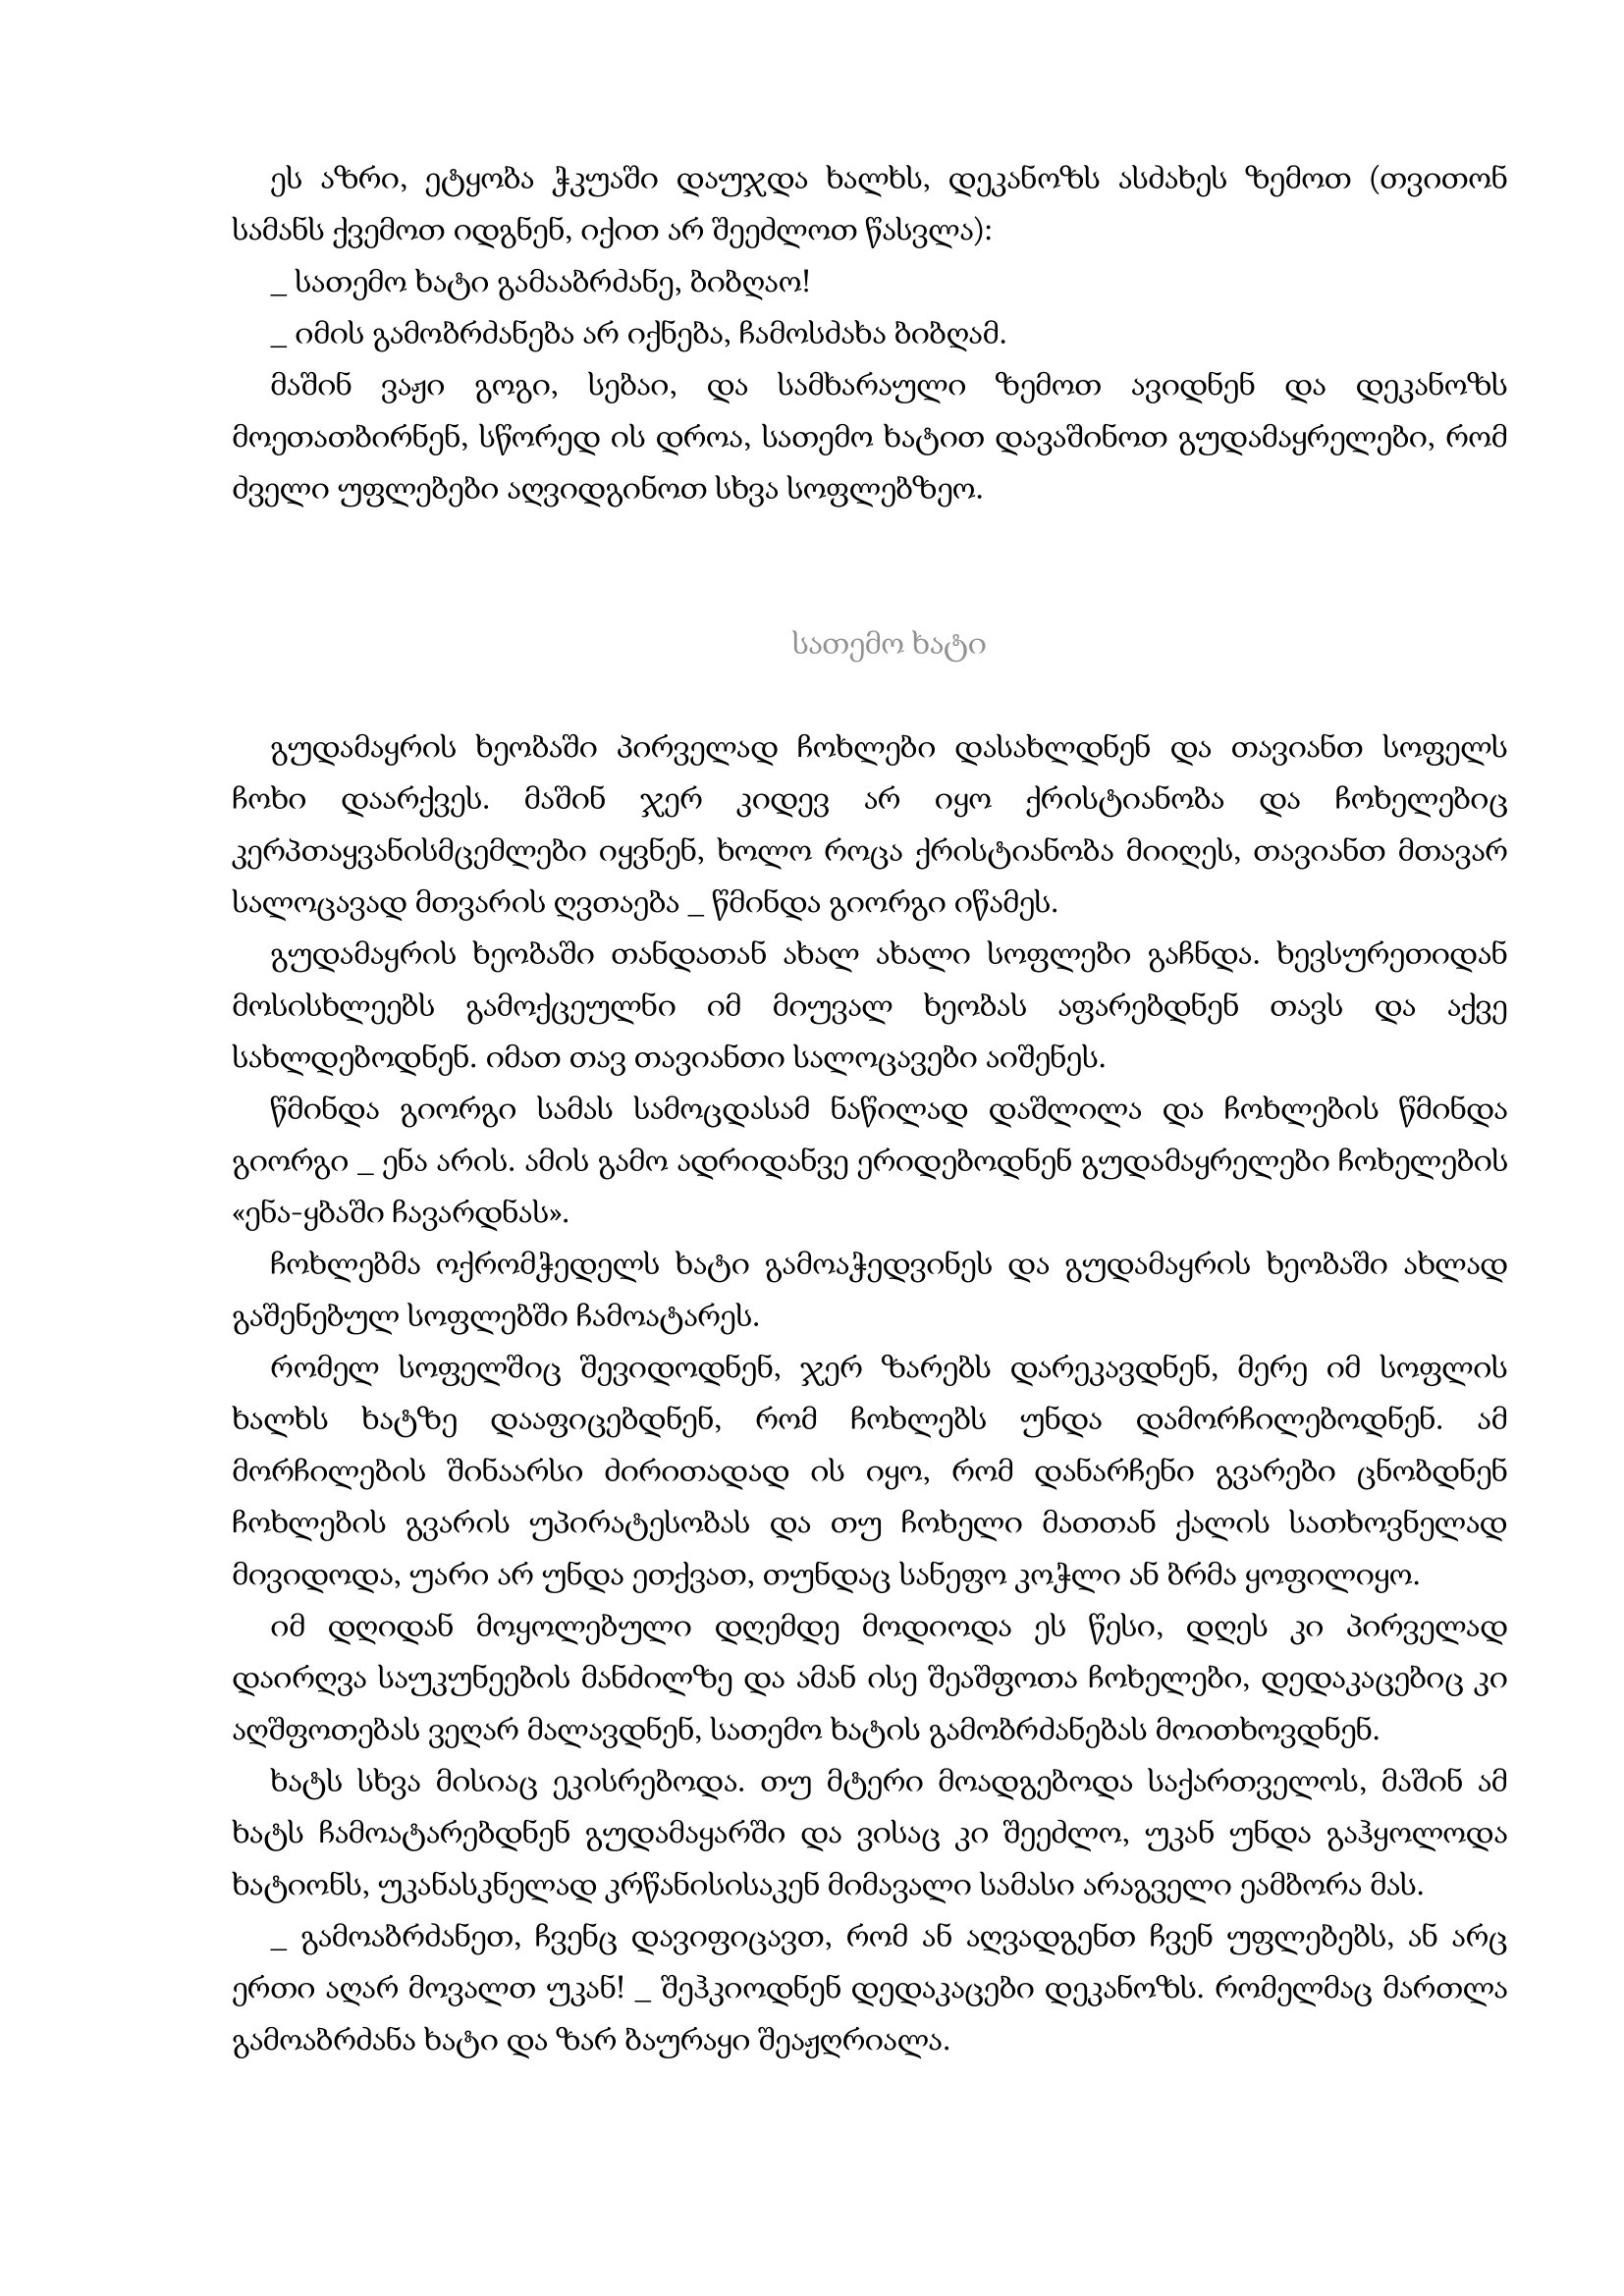
Language: gr